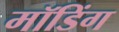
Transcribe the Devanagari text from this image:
मॉडिंग